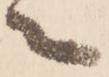
々